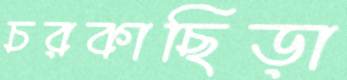
চরকাছিড়া